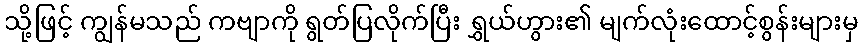
သို့ဖြင့် ကျွန်မသည် ကဗျာကို ရွတ်ပြလိုက်ပြီး ရွှယ်ဟွား၏ မျက်လုံးထောင့်စွန်းများမှ